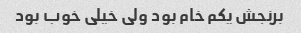
برنجش یکم خام بود ولی خیلی خوب بود